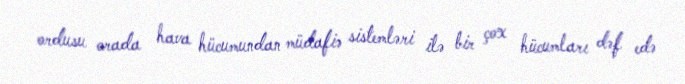
ordusu orada hava hücumundan müdafiə sistemləri ilə bir çox hücumları dəf edə